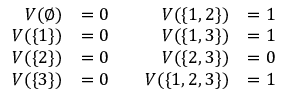
\begin{array} { r l r l } { V ( \emptyset ) } & { = 0 } & { \quad V ( \{ 1 , 2 \} ) } & { = 1 } \\ { V ( \{ 1 \} ) } & { = 0 } & { \quad V ( \{ 1 , 3 \} ) } & { = 1 } \\ { V ( \{ 2 \} ) } & { = 0 } & { \quad V ( \{ 2 , 3 \} ) } & { = 0 } \\ { V ( \{ 3 \} ) } & { = 0 } & { \quad V ( \{ 1 , 2 , 3 \} ) } & { = 1 } \end{array}